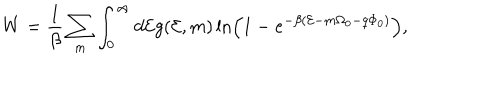
LaTeX: W = \frac { 1 } { \beta } \sum _ { m } \int _ { 0 } ^ { \infty } d { \cal E } g ( { \cal E } , m ) \ln \left( 1 - e ^ { - \beta ( { \cal E } - m \Omega _ { 0 } - q \Phi _ { 0 } ) } \right) ,